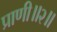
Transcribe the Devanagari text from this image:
प्राणी॥२॥